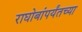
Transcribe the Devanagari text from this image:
राघोबांपर्यंतच्या